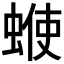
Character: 𧍇